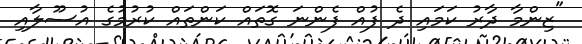
"ޒިންމާ ދާރު ކަމައި ދެ ފުއް ފެންނަ ގޮތައް ކަންތައް ކުރުމުގެ އުސޫލާއި